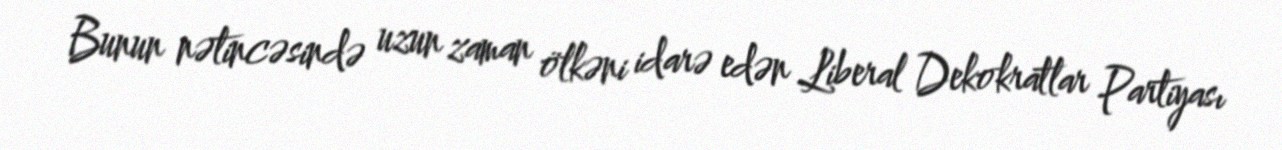
Bunun nətincəsində uzun zaman ölkəni idarə edən Liberal Dekokratlar Partiyası